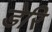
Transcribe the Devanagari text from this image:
डेरि